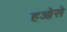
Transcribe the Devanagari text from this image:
हओसे